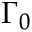
\Gamma _ { 0 }